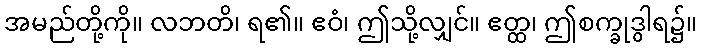
အမည်တို့ကို။ လဘတိ၊ ရ၏။ ဧဝံ၊ ဤသို့လျှင်။ ဧတ္ထ၊ ဤစက္ခုဒွါရ၌။